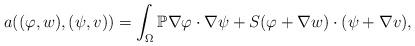
LaTeX: \begin{align*} a((\varphi,w),(\psi,v))=\int_\Omega {\mathbb P}\nabla\varphi\cdot\nabla \psi +S(\varphi+\nabla w)\cdot(\psi+\nabla v),\end{align*}